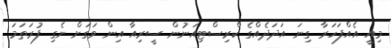
މިއީ އެއްފަހަރާ ގިނަ އަދަދެއްގެ ކްރިސްޓިއަނުން ސީރިއާ އިން ވަގަށް ނެގި ފުރަަތަމަ